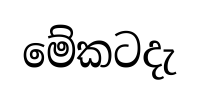
මේකටදැ